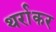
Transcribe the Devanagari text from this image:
थर्राकर